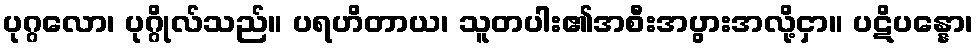
ပုဂ္ဂလော၊ ပုဂ္ဂိုလ်သည်။ ပရဟိတာယ၊ သူတပါး၏အစီးအပွားအလို့ငှာ။ ပဋိပန္နော၊